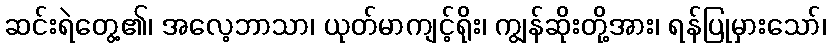
ဆင်းရဲတွေ့၏၊ အလေ့ဘာသာ၊ ယုတ်မာကျင့်ရိုး၊ ကျွန်ဆိုးတို့အား၊ ရန်ပြုမှားသော်၊